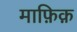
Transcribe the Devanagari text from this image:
माफ़िक़